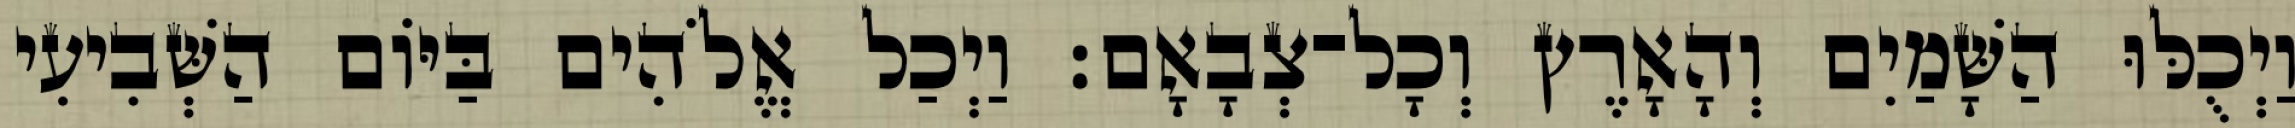
וַיְכֻלּוּ הַשָּׁמַיִם וְהָאָרֶץ וְכָל־צְבָאָם׃ וַיְכַל אֱלֹהִים בַּיֹּום הַשְּׁבִיעִי